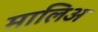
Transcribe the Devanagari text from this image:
मालिअ